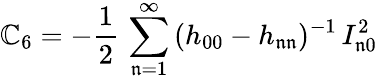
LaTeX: \mathbb{C}_{6}=-\frac{{1}}{{2}}\, \sum_{\mathfrak{{n}}=1}^{\infty}\, (h_{00}-h_{\mathfrak{{n}}\mathfrak{{n}}})^{-1}\, I_{\mathfrak{{n}}0}^{2}